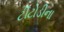
ટીટોડીના